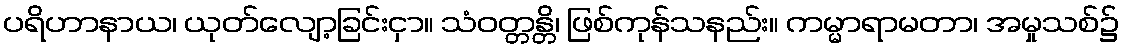
ပရိဟာနာယ၊ ယုတ်လျော့ခြင်းငှာ။ သံဝတ္တန္တိ၊ ဖြစ်ကုန်သနည်း။ ကမ္မာရာမတာ၊ အမှုသစ်၌